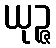
ယုဉ္ဇ